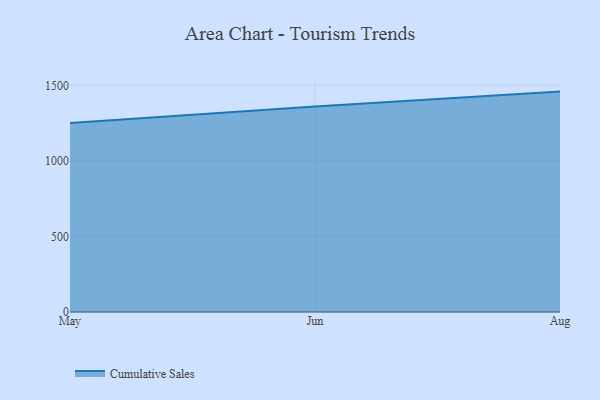
{"axis": {"x": "Month", "y": "Shipments"}, "legend": ["Cumulative Sales"], "data": [{"x": "May", "y": 1250.0, "type": "Cumulative Sales"}, {"x": "Jun", "y": 1359.0, "type": "Cumulative Sales"}, {"x": "Aug", "y": 1458.4, "type": "Cumulative Sales"}]}